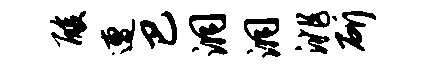
酸遭巴洞洞洮斫